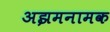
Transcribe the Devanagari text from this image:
अझमनामक